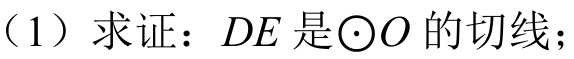
（1）求证：\(DE\)是\(\odot O\)的切线；